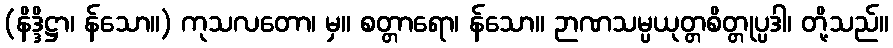
(နိဒ္ဒိဋ္ဌာ၊ န်သော။) ကုသလတော၊ မှ။ စတ္တာရော၊ န်သော။ ဉာဏသမ္ပယုတ္တစိတ္တုပ္ပဒါ၊ တို့သည်။